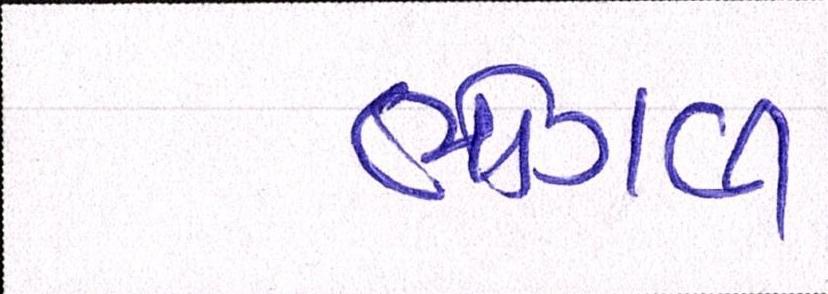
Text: ભોગવી